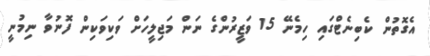
އެގޮތުން ކެބިނެޓްގައި ހިމެނޭ 15 ވަޒީރުންގެ ނަން މަޖިލީހަށް ވަކިވަކިން ފޮނުވާ ނިމުނީ